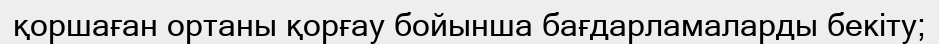
қоршаған ортаны қорғау бойынша бағдарламаларды бекіту;